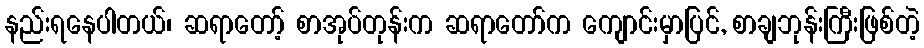
နည်းရနေပါတယ်၊ ဆရာတော့် စာအုပ်တုန်းက ဆရာတော်က ကျောင်းမှာပြင်, စာချဘုန်းကြီးဖြစ်တဲ့